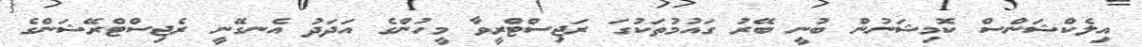
އިލެކްޝަންސް ކޮމިޝަނުން ބުނީ ބޭރު ގައުމުތަކުގަ ރަޖިސްޓްރީވާ މީހުންގެ އަދަދު އެނގޭނީ ރެޖިސްޓްރޭޝަންގެ